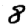
Digit: 8